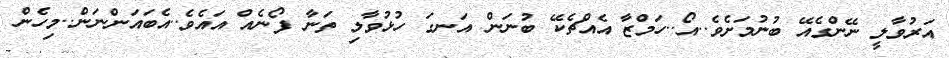
އަރުވާލީ ނޭންގެއޭ ބުނުމަށެވެ..އޯ..ހަމްޒާ އެއްޗެކޭ ބުނަން އަނގަ ހުޅުވާލި ތަނާ ފޯނެއް އައެވެ..އެބައަންނަން..މިހެން